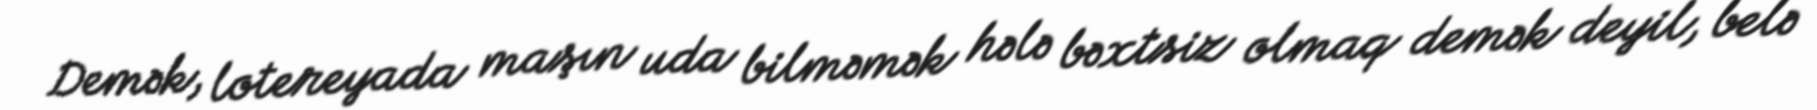
Demək, lotereyada maşın uda bilməmək hələ bəxtsiz olmaq demək deyil, belə